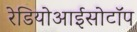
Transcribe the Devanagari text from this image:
रेडियोआईसोटॉप